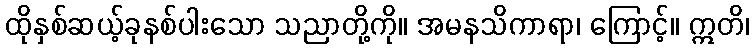
ထိုနှစ်ဆယ့်ခုနစ်ပါးသော သညာတို့ကို။ အမနသိကာရာ၊ ကြောင့်။ ဣတိ၊